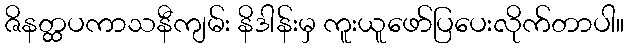
ဇိနတ္ထပကာသနီကျမ်း နိဒါန်းမှ ကူးယူဖော်ပြပေးလိုက်တာပါ။